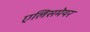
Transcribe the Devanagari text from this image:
एलिसमेयर